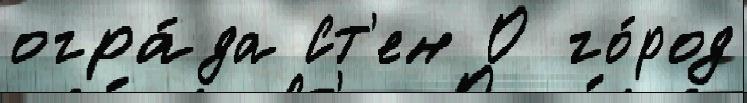
огра́да Ст'ен О го́род